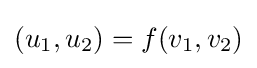
(u_{1},u_{2})=f(v_{1},v_{2})